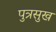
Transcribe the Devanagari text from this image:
पुत्रसुख